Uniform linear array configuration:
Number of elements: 8
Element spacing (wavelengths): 0.5
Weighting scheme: cosine
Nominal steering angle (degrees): -15
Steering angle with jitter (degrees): -16.114
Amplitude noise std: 0.05
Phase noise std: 0.05

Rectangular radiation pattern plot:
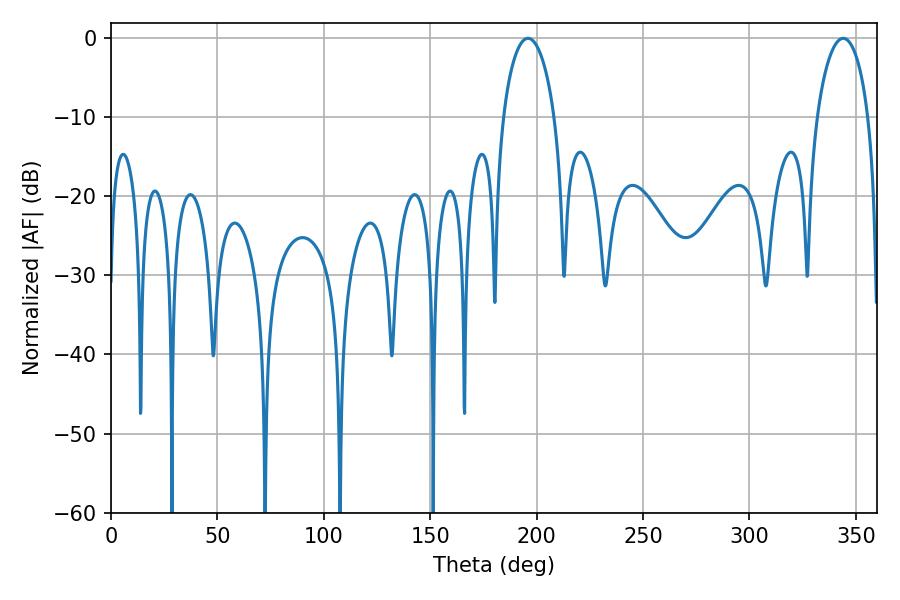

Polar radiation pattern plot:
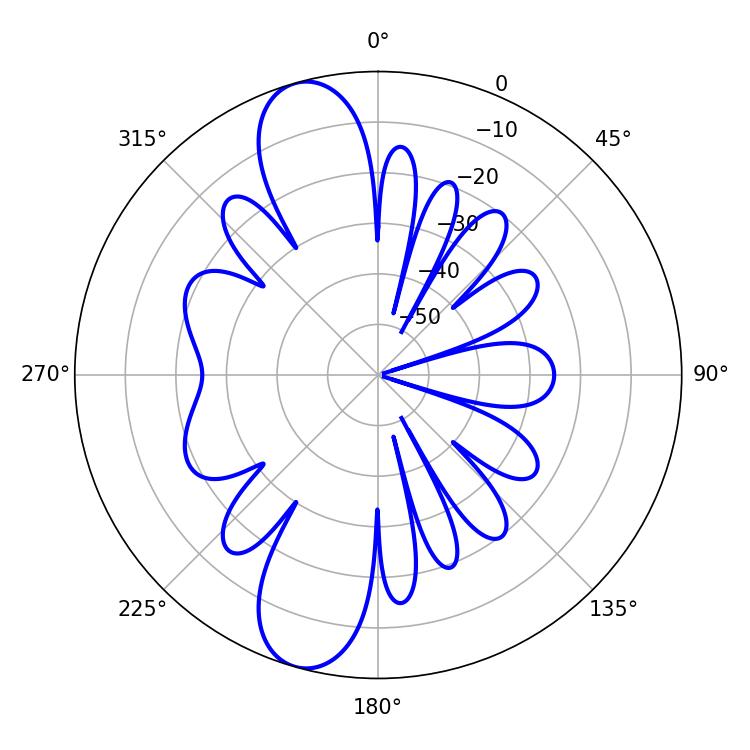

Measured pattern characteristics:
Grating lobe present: FALSE
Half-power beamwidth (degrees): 13.86
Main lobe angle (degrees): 196.02